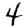
Digit: 4